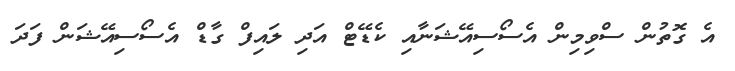
އެ ގޮތުން ސްވިމިން އެސޯސިއޭޝަނާއި ކެޑޭޓް އަދި ލައިފް ގާޑް އެސޯސިއޭޝަން ފަދަ